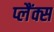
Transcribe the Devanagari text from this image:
प्लैंक्स